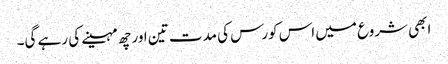
ابھی شروع میں اس کورس کی مدت تین اور چھ مہینے کی رہے گی۔